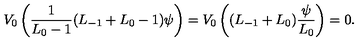
V _ { 0 } \left( { \frac { 1 } { L _ { 0 } - 1 } } ( L _ { - 1 } + L _ { 0 } - 1 ) \psi \right) = V _ { 0 } \left( ( L _ { - 1 } + L _ { 0 } ) { \frac { \psi } { L _ { 0 } } } \right) = 0 .